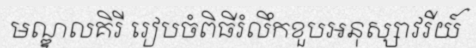
មណ្ឌលគិរី រៀបចំពិធីរំលឹកខួបអនុស្សាវរីយ៍